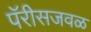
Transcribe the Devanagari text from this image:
पॅरीसजवळ